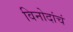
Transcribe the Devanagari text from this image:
विनोदांचं